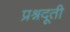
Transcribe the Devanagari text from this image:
प्रश्नदूती